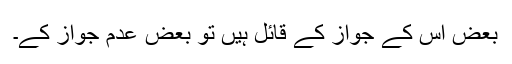
بعض اس کے جواز کے قائل ہیں تو بعض عدم جواز کے۔